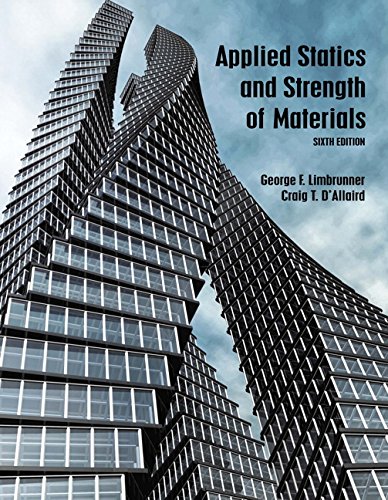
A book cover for Applied Statics and Strength of Materials (6th Edition); George F. Limbrunner; Science & Math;